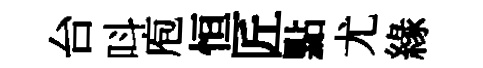
台呌庖恒匠點尤緣